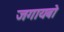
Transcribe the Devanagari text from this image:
जगायबो